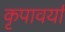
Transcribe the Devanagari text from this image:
कृपावर्या